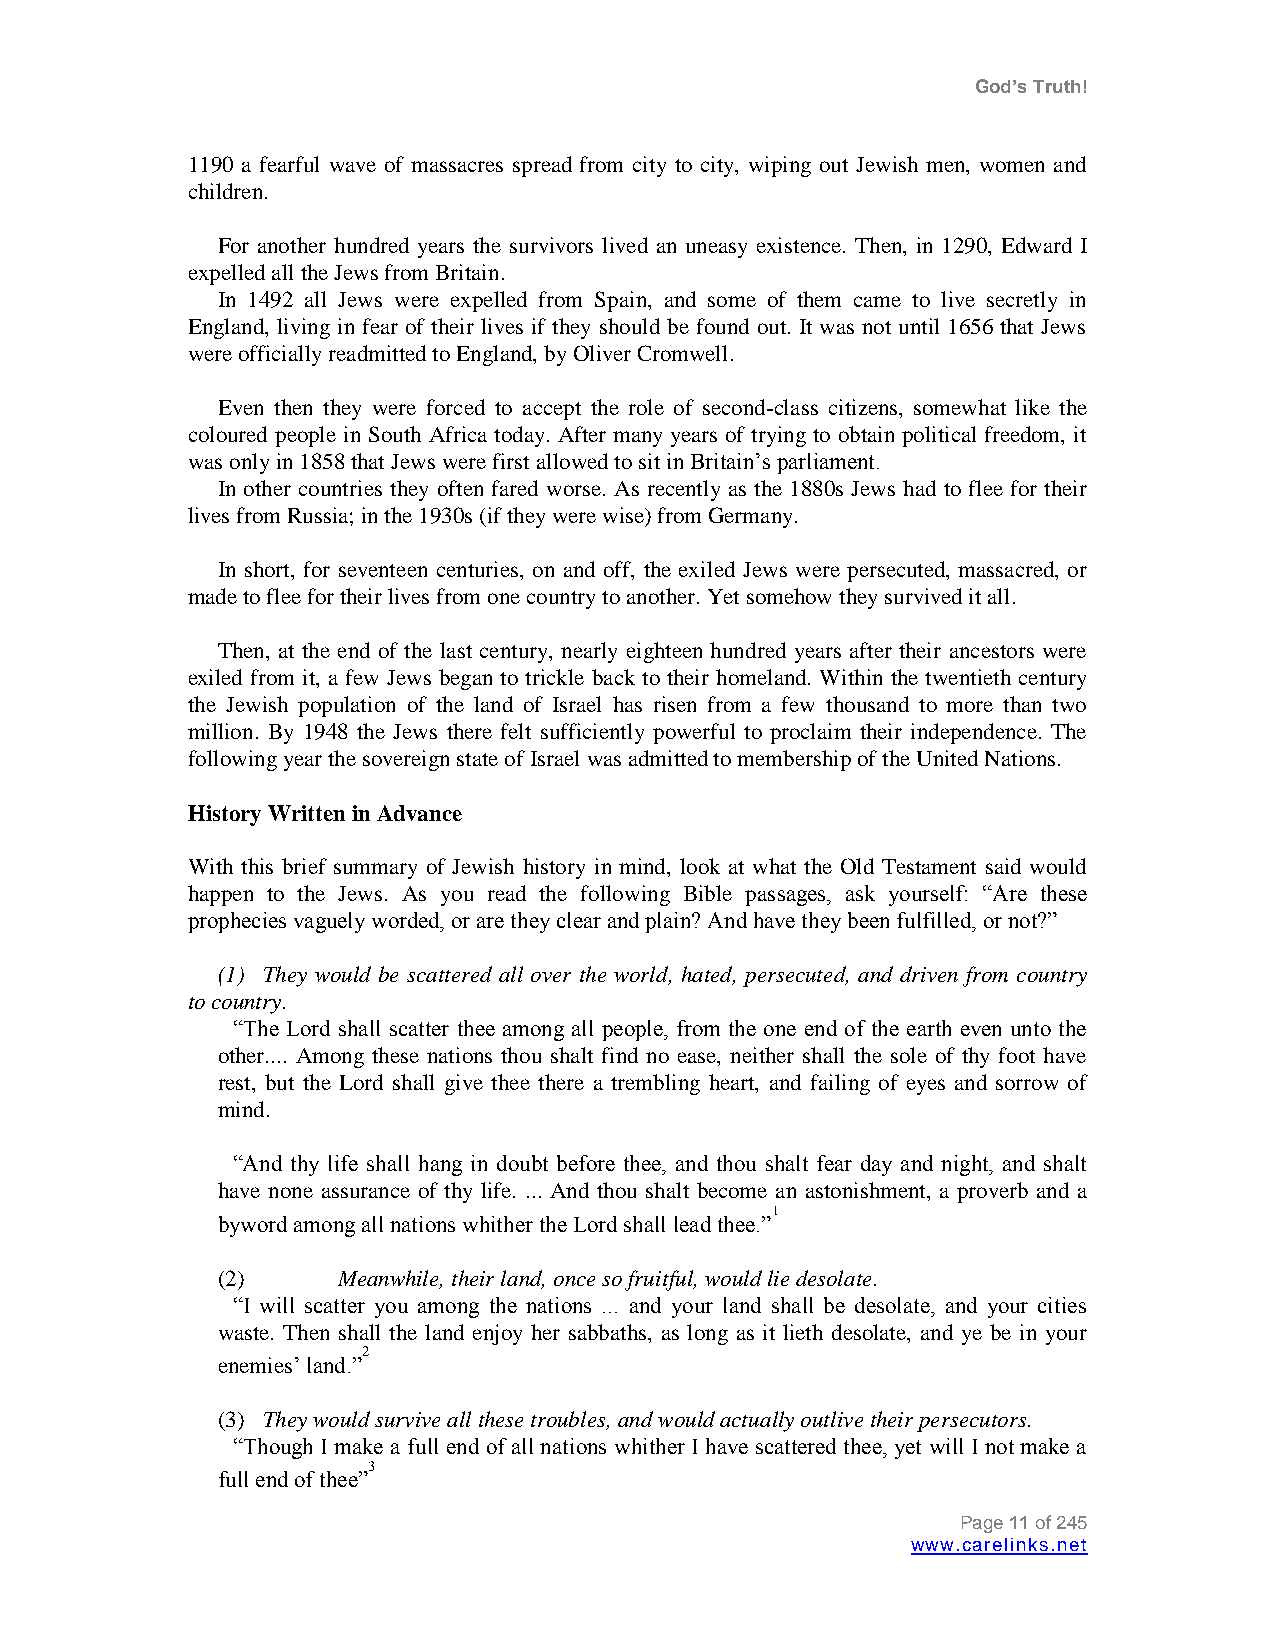
God’s Truth!
 1190 a fearful wave of massacres spread from city to city, wiping out Jewish men, women and
 children.
 For another hundred years the survivors lived an uneasy existence. Then, in 1290, Edward I
 expelled all the Jews from Britain.
 In 1492 all Jews were expelled from Spain, and some of them came to live secretly in
 England, living in fear of their lives if they should be found out. It was not until 1656 that Jews
 were officially readmitted to England, by Oliver Cromwell.
 Even then they were forced to accept the role of second-class citizens, somewhat like the
 coloured people in South Africa today. After many years of trying to obtain political freedom, it
 was only in 1858 that Jews were first allowed to sit in Britain‟s parliament.
 In other countries they often fared worse. As recently as the 1880s Jews had to flee for their
 lives from Russia; in the 1930s (if they were wise) from Germany.
 In short, for seventeen centuries, on and off, the exiled Jews were persecuted, massacred, or
 made to flee for their lives from one country to another. Yet somehow they survived it all.
 Then, at the end of the last century, nearly eighteen hundred years after their ancestors were
 exiled from it, a few Jews began to trickle back to their homeland. Within the twentieth century
 the Jewish population of the land of Israel has risen from a few thousand to more than two
 million. By 1948 the Jews there felt sufficiently powerful to proclaim their independence. The
 following year the sovereign state of Israel was admitted to membership of the United Nations.
 History Written in Advance
 With this brief summary of Jewish history in mind, look at what the Old Testament said would
 happen to the Jews. As you read the following Bible passages, ask yourself: “Are these
 prophecies vaguely worded, or are they clear and plain? And have they been fulfilled, or not?”
 (1) They would be scattered all over the world, hated, persecuted, and driven from country
 to country.
 “The Lord shall scatter thee among all people, from the one end of the earth even unto the
 other.... Among these nations thou shalt find no ease, neither shall the sole of thy foot have
 rest, but the Lord shall give thee there a trembling heart, and failing of eyes and sorrow of
 mind.
 “And thy life shall hang in doubt before thee, and thou shalt fear day and night, and shalt
 have none assurance of thy life. ... And thou shalt become an astonishment, a proverb and a
 1
 byword among all nations whither the Lord shall lead thee.”
 (2)     Meanwhile, their land, once so fruitful, would lie desolate.
 “I will scatter you among the nations ... and your land shall be desolate, and your cities
 waste. Then shall the land enjoy her sabbaths, as long as it lieth desolate, and ye be in your
 2
 enemies‟ land.”
 (3) They would survive all these troubles, and would actually outlive their persecutors.
 “Though I make a full end of all nations whither I have scattered thee, yet will I not make a
 3
 full end of thee”
 Page 11 of 245
 www.carelinks.net